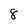
Character: 8